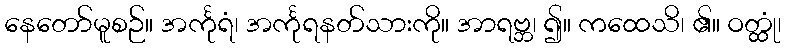
နေတော်မူစဉ်။ အင်္ကုရံ၊ အင်္ကုရနတ်သားကို။ အာရဗ္ဘ၊ ၍။ ကထေသိ၊ ၏။ ဝတ္ထုံ၊